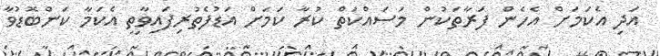
އަދި އެކަމަށް އެހެން ފަރާތަކުން މަސައްކަތް ކުރާ ކަމަށް އަޑުފެތުރިފައިވާތީ އެކަމާ ކަންބޮޑުވާ